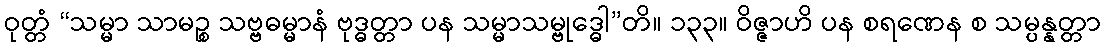
ဝုတ္တံ “သမ္မာ သာမဉ္စ သဗ္ဗဓမ္မာနံ ဗုဒ္ဓတ္တာ ပန သမ္မာသမ္ဗုဒ္ဓေါ”တိ။ ၁၃၃။ ဝိဇ္ဇာဟိ ပန စရဏေန စ သမ္ပန္နတ္တာ